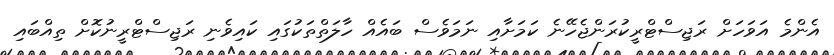
އެންމެ އަވަހަށް ރަޖިސްޓްރީކުރަންޖެހޭނެ ކަމަށާއި ނަމަވެސް ބައެއް ހާލަތްތަކުގައި ކައިވެނި ރަޖިސްޓްރީނުކޮށް ތިއްބައި